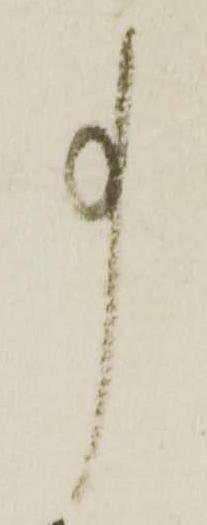
事